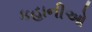
કહાનીઓ